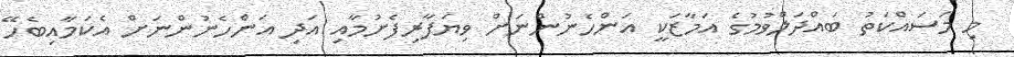
މި މަސައްކަތު ބައްދަލްވުމުގެ އަމާޒަކީ އަންހެނުންނަށް ވިޔަފާރިފެށުމާއި އަދި އަންހެނުންނަށް އެކަމާއިބެހޭ